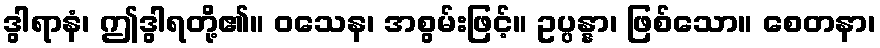
ဒွါရာနံ၊ ဤဒွါရတို့၏။ ဝသေန၊ အစွမ်းဖြင့်။ ဥပ္ပန္နာ၊ ဖြစ်သော။ စေတနာ၊